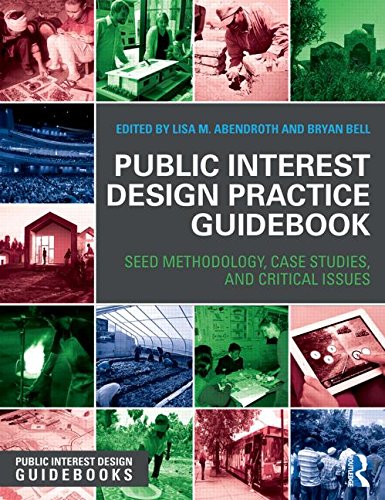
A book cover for Public Interest Design Practice Guidebook: SEED Methodology, Case Studies, and Critical Issues (Public Interest Design Guidebooks); Arts & Photography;